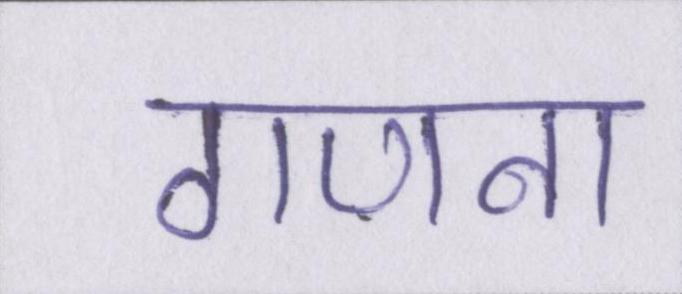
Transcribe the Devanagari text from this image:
गणना